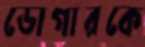
ডোগারকে